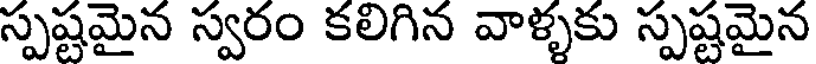
స్పష్టమైన స్వరం కలిగిన వాళ్ళకు స్పష్టమైన